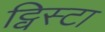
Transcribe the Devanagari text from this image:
ट्विस्टा